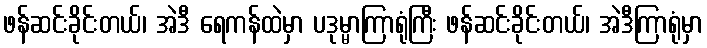
ဖန်ဆင်းခိုင်းတယ်၊ အဲဒီ ရေကန်ထဲမှာ ပဒုမ္မာကြာရုံကြီး ဖန်ဆင်းခိုင်းတယ်၊ အဲဒီကြာရုံမှာ